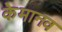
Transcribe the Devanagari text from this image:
केमानव